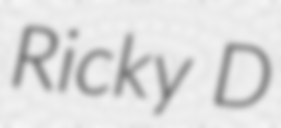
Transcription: Ricky D